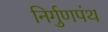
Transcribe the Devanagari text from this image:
निर्गुणपंथ